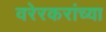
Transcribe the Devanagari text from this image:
वरेरकरांच्या